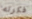
فكرته